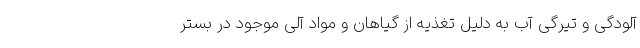
آلودگی و تیرگی آب به دلیل تغذیه از گیاهان و مواد آلی موجود در بستر